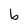
Character: b